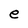
Character: e